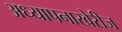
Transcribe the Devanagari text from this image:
अध्यापनाखेरीज